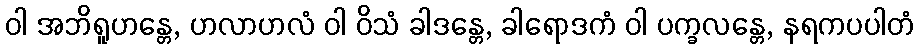
ဝါ အဘိရူဟန္တေ, ဟလာဟလံ ဝါ ဝိသံ ခါဒန္တေ, ခါရောဒကံ ဝါ ပက္ခလန္တေ, နရကပပါတံ